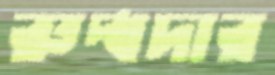
রুদ্ধদার